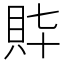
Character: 𧴶